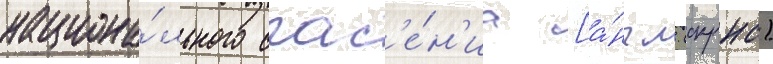
национа́льного спас'е́н'иа [а́нгл. (скрнс)